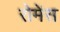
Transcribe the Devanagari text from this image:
रोमेंस